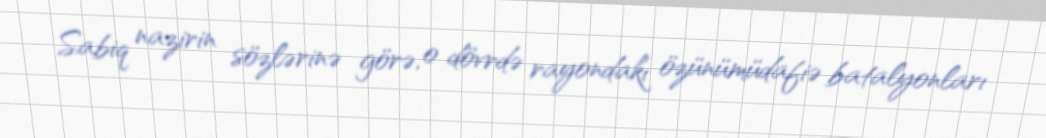
Sabiq nazirin sözlərinə görə, o dövrdə rayondakı özünümüdafiə batalyonları